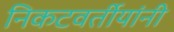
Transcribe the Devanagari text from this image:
निकटवर्तीयांनी